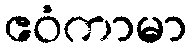
ဧဝံကာမာ